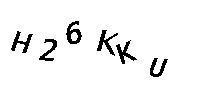
H26KKU